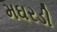
મઘરડી